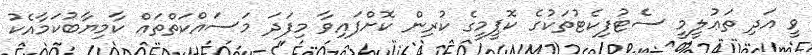
ވީ އަދި ތަޢުލީމީ ސެޓުފިކެޓުތަކުގެ ކޮޕީމީގެ ކުރިން ކޮށްފައިވާ މިފަދަ މަސައްކަތްތައް ކާމިޔާބުކަމާއެކު